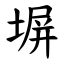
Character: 塀